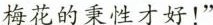
梅花的秉性才好！”